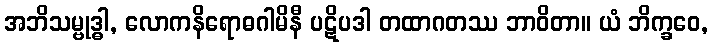
အဘိသမ္ဗုဒ္ဓါ, လောကနိရောဓဂါမိနီ ပဋိပဒါ တထာဂတဿ ဘာဝိတာ။ ယံ ဘိက္ခဝေ,